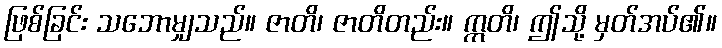
ဖြစ်ခြင်း သဘောမျှသည်။ ဇာတိ၊ ဇာတိတည်း။ ဣတိ၊ ဤသို့ မှတ်အပ်၏။